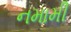
નમામી